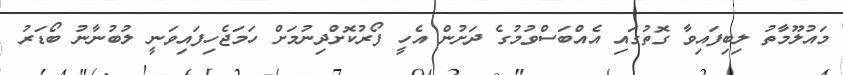
މައުލޫމާތު ލިބިފައިވާ ގޮތުގައި އެއްބަސްވުމުގެ ދަށުން އެހީ ފޯރުކޮށްދިނުމަށް ހަމަޖެހިފައިވަނީ ލުބުނާނު ބޯޑަރު